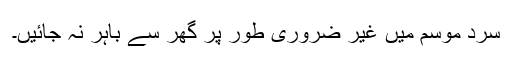
سرد موسم میں غیر ضروری طور پر گھر سے باہر نہ جائیں۔